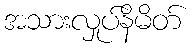
အသားလှုပ်နိမိတ်